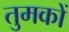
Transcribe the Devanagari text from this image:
तुमकों